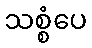
သစ္စံပေ